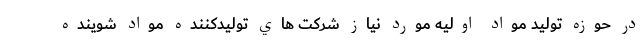
در حوزه توليد مواد اوليه مورد نياز شركت هاي توليدكننده مواد شوينده